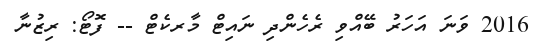
2016 ވަނަ އަހަރު ބޭއްވި ރެހެންދި ނައިޓް މާރކެޓް -- ފޮޓޯ: ރިޒުނާ